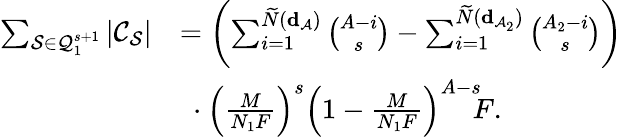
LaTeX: \begin{array}{rl}{\sum_{{\cal S}\in{\cal Q}_{1}^{s+1}}|{\cal C}_{\cal S}|}&{=\left(\sum_{i=1}^{\widetilde N({\mathbf d}_{\cal A})}\binom{A-i}{s}-\sum_{i=1}^{\widetilde N({\mathbf d}_{{\cal A}_{2}})}\binom{A_{2}-i}{s}\right)}\\ &{\ \cdot\left(\frac{M}{N_{1}F}\right)^{s}\left(1-\frac{M}{N_{1}F}\right)^{A-s}\! \! F.}\end{array}